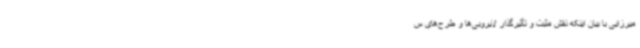
میرزایی با بیان اینکه نقش مثبت و تأثیرگذار لایروبی‌ها و طرح‌های س